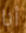
أنا